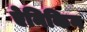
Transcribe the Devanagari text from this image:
ऐनिकिन